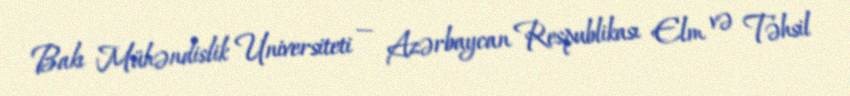
Bakı Mühəndislik Universiteti — Azərbaycan Respublikası Elm və Təhsil